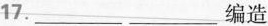
17. ___ ___ 编造